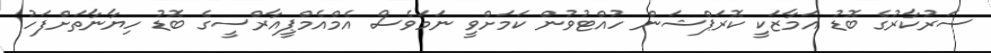
ސަރުކާރުގެ ބޮޑު އަމާޒަކީ ކޮރަޕްޝަން ހުއްޓުވުން ކަމަށްވީ ނަމަވެސް އެމްއެމްޕީއާރްސީގެ ބޮޑު ހިޔާނާތަށްފަހު